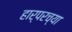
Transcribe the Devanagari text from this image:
हार्परच्या